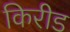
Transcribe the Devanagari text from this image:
किरीड